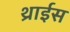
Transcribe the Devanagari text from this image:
थ्राईस